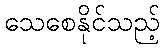
သေစေနိုင်သည့်